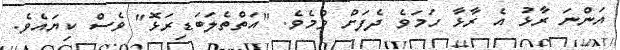
އަންނަ ރާޅު އެ ރާޅާ ހަމަވެ ދެފަށް ވުމެވެ. "އަތްތެލަބަޑިރަޅޮ" ވެސް ކިޔައެވެ.